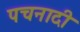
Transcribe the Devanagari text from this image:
पचनादी